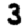
Digit: 3